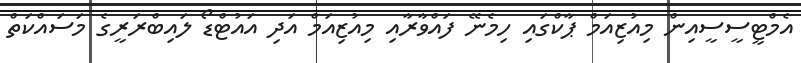
އެމްޓީސީސީއިން މިއުޒިއަމް ޕާކްގައި ހިމެނޭ ފައްވާރާއި މިއުޒިއަމް އަދި އައުޓްޑޯ ލައިބްރަރީގެ މަސައްކަތް